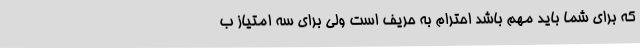
که برای شما باید مهم باشد احترام به حریف است ولی برای سه امتیاز ب